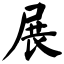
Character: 展